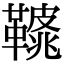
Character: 𩌿